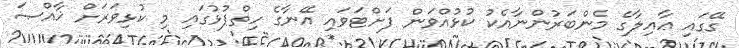
ގޭގައި ޢާއިލާގެ މެންބަރުންނާއެކު ކުޅުއްވަން ފަށްޓަވައި އޭނާގެ ހިތްޕުޅުގައި މި ކުޅިވަރަށް ޚާއްޞަ